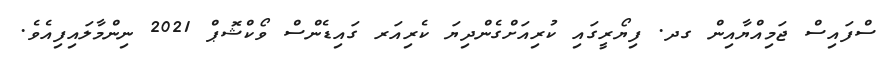
ސްފައިސް ޖަމިއްޔާއިން ގދ. ފިޔޯރީގައި ކުރިއަށްގެންދިޔަ ކެރިއަރ ގައިޑެންސް ވޯކްޝޮޕް 2021 ނިންމާލައިފިއެވެ.